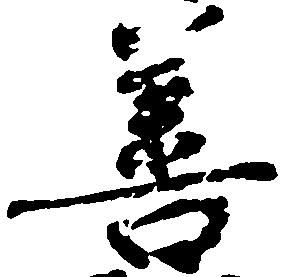
善